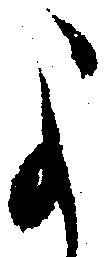
よ